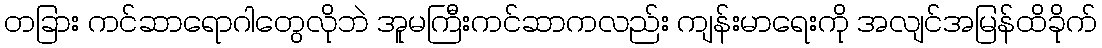
တခြား ကင်ဆာရောဂါတွေလိုဘဲ အူမကြီးကင်ဆာကလည်း ကျန်းမာရေးကို အလျင်အမြန်ထိခိုက်